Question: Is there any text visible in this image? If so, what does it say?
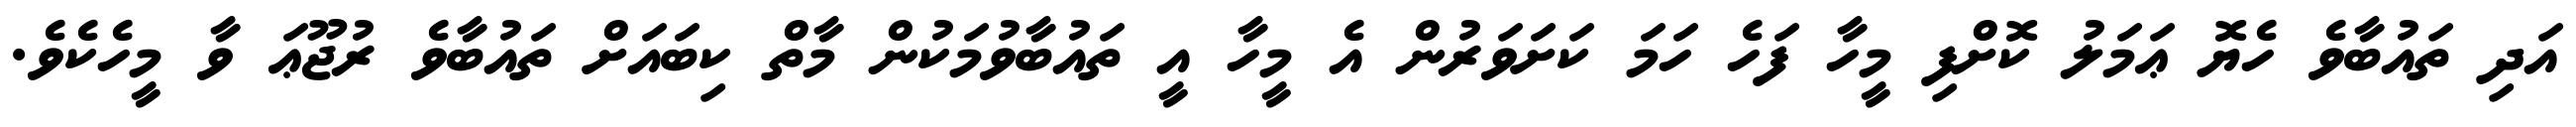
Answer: އަދި ތައުބާވެ ހެޔޮ ޢަމަލު ކޮށްފި މީހާ ފަހެ ހަމަ ކަށަވަރުން އެ މީހާ އީ ތައުބާވުމަކުން މާތް ކިބައަށް ތައުބާވެ ރުޖޫޢަ ވާ މީހެކެވެ.